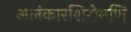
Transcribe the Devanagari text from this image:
अलंकारशिरोमणि